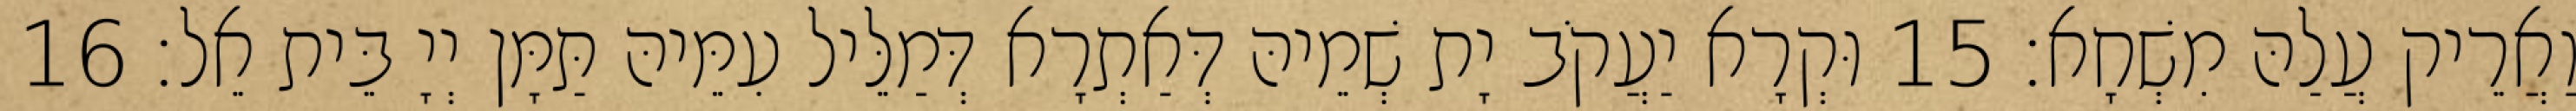
וַאֲרֵיק עֲלַהּ מִשְׁחָא׃ 15 וּקְרָא יַעֲקֹב יָת שְׁמֵיהּ דְּאַתְרָא דְּמַלֵּיל עִמֵּיהּ תַּמָּן יְיָ בֵּית אֵל׃ 16